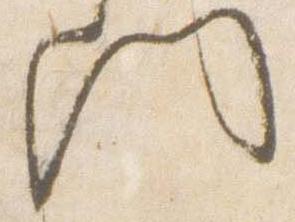
門